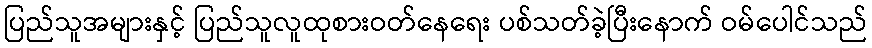
ပြည်သူအများနှင့် ပြည်သူလူထုစားဝတ်နေရေး ပစ်သတ်ခဲ့ပြီးနောက် ဝမ်ပေါင်သည်